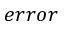
e r r o r